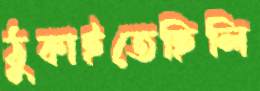
ঠুকাইতেছিলি